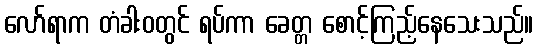
လော်ရာက တံခါးဝတွင် ရပ်ကာ ခေတ္တ စောင့်ကြည့်နေသေးသည်။